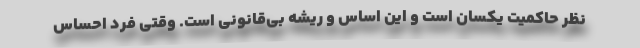
نظر حاکمیت یکسان است و این اساس و ریشه بی‌قانونی است. وقتی فرد احساس